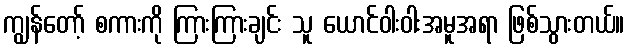
ကျွန်တော့် စကားကို ကြားကြားချင်း သူ ယောင်ဝါးဝါးအမူအရာ ဖြစ်သွားတယ်။